Kloostri_vallavalitsus, lk 6
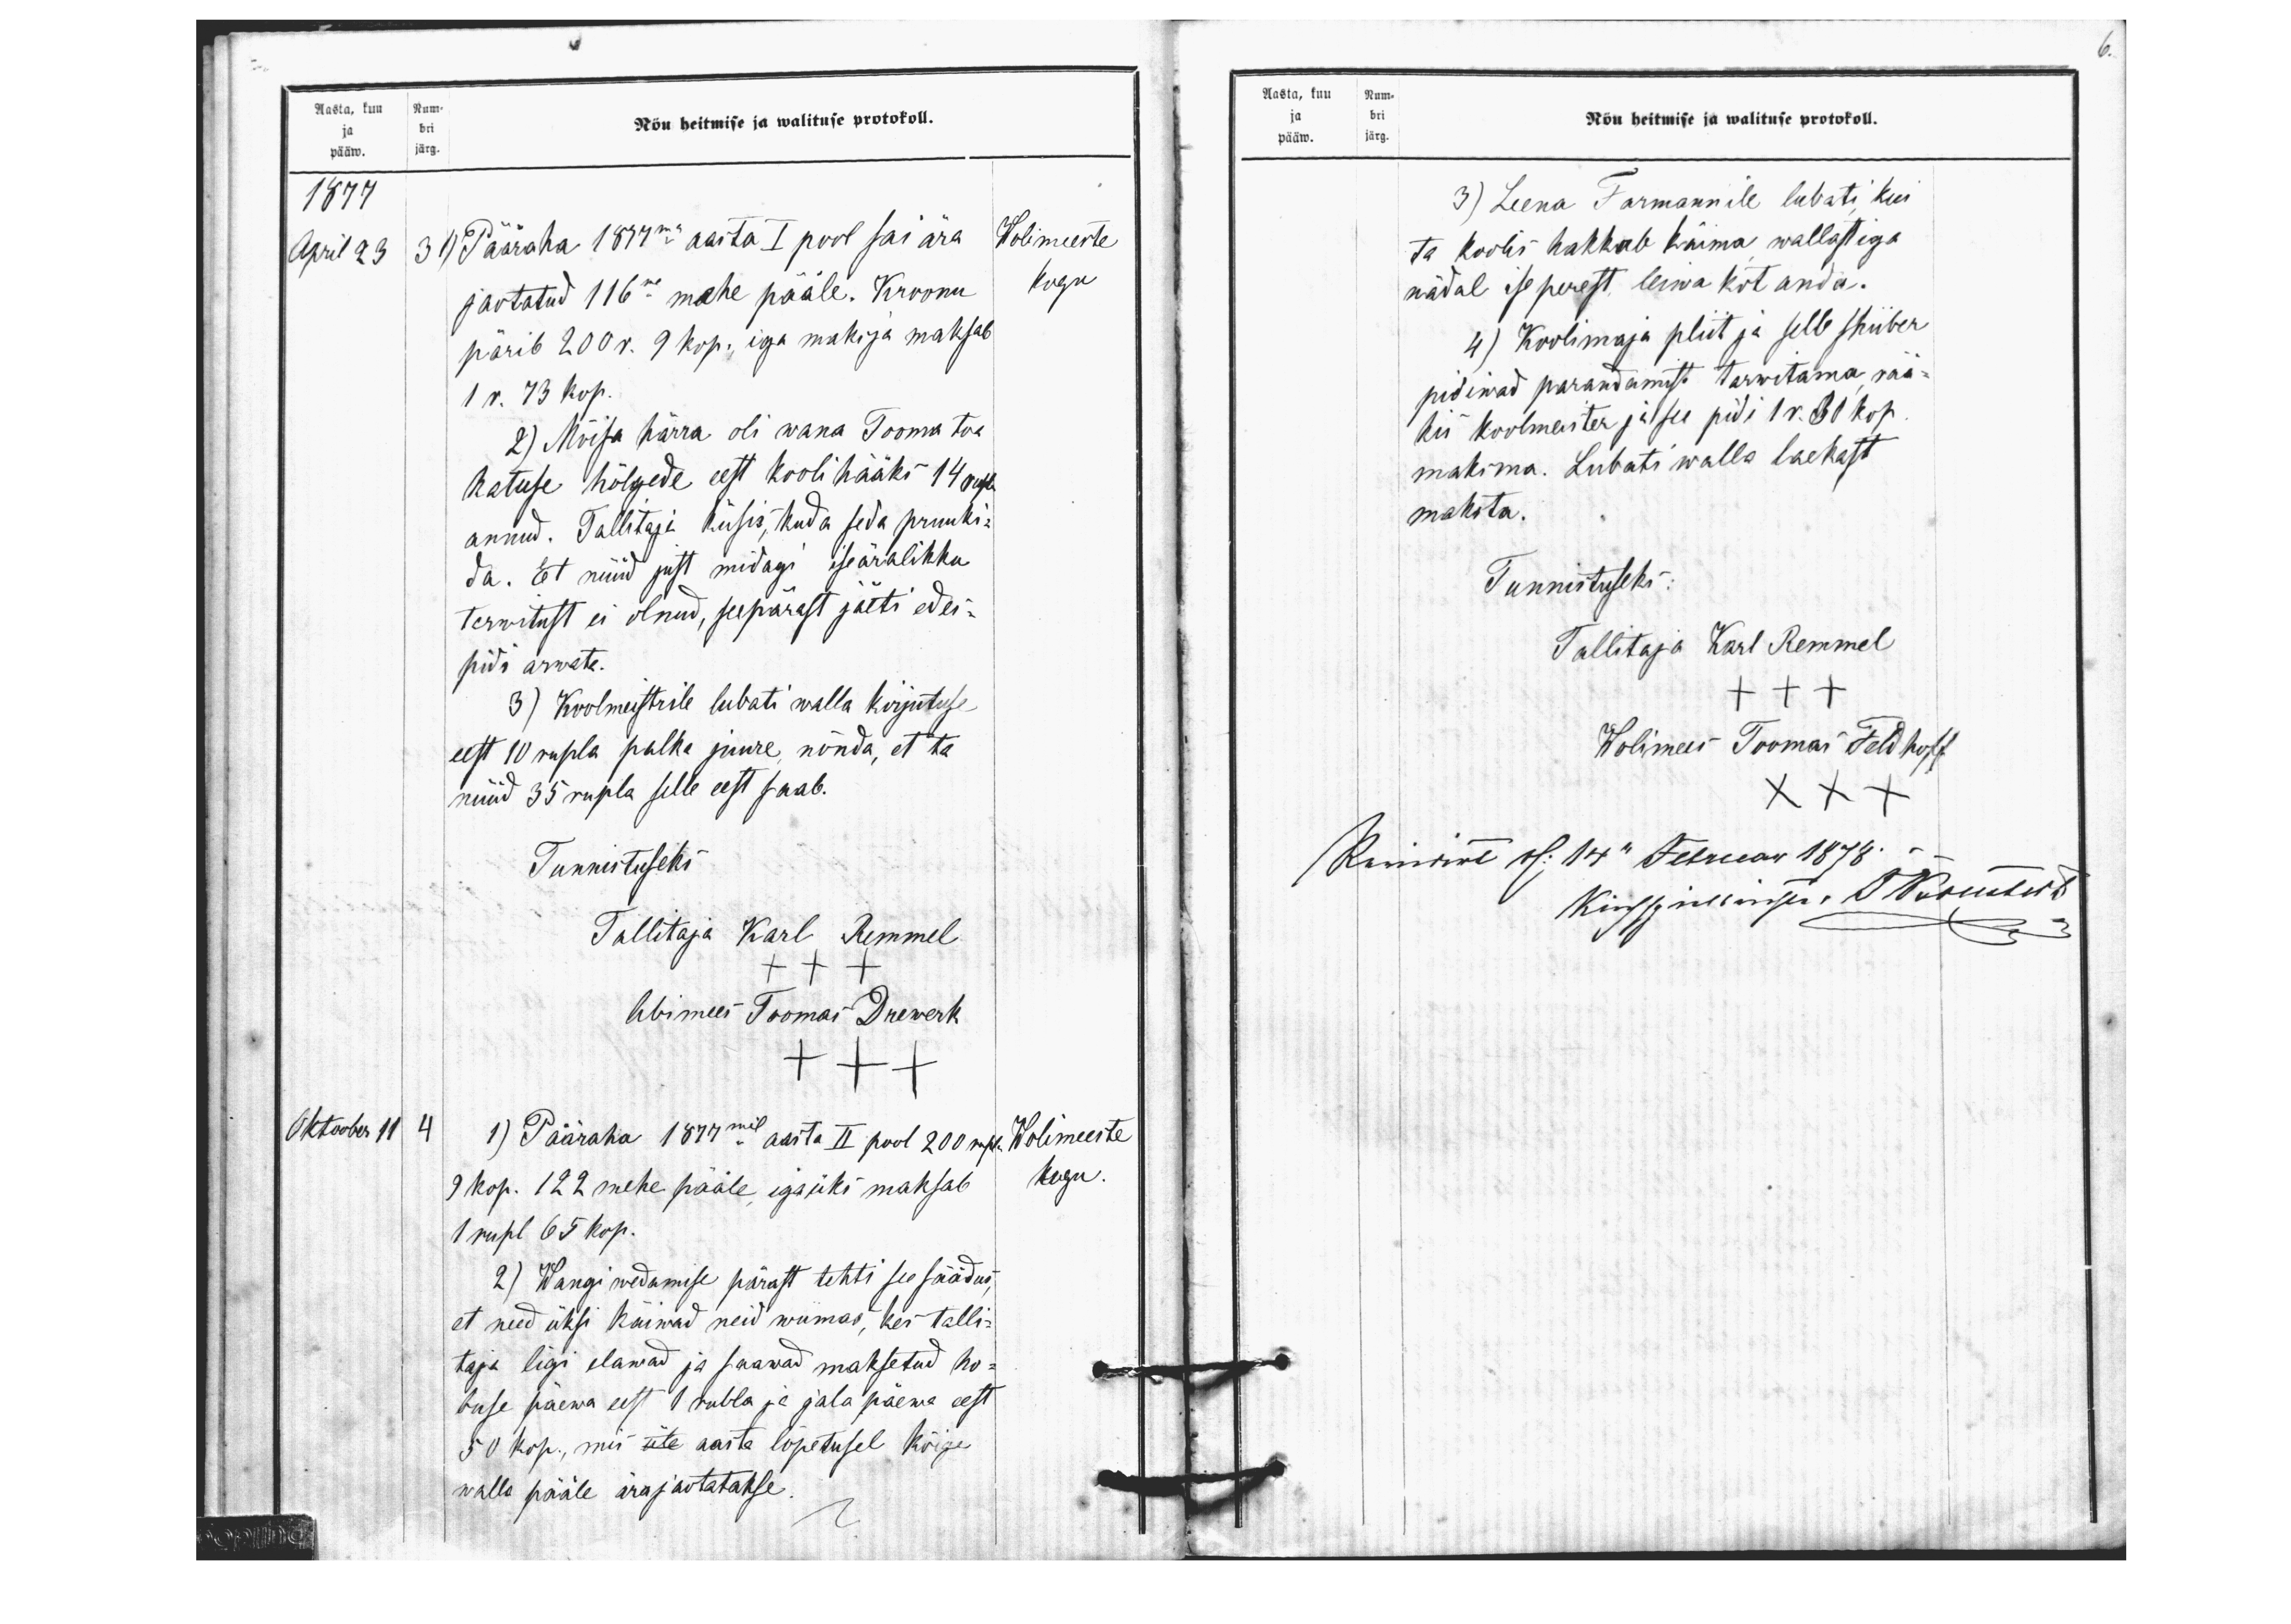
Aasta, kuu Num-
ja bri
pääw. järg.
Nõu heitmise ja walituse protokoll.
1877
April 23
3 1) Pääraha 1877ma aasta I pool sai ära
Wolimeeste
jaotatud 116ne mahe pääle. Kroonu
kogu
pärib 200 r. 9 kop., iga maksja maksab
1 r. 73 kop.
2) Mõisa härra oli wana Tooma toa
katuse hõlgede eest kooli hääks 14 rubla
annud. Tallitaja küsis, kuda seda pruuki-
da. Et nüüd just midagi iseäralikku
tarwitust ei olnud, seepärast jäeti edes-
pidi arwata.
3) Koolmeistrile lubati walla kirjutuse
eest 10 rupla palka juure nõnda, et ta
nüüd 35 rupla selle eest saab.
Tunnistuseks
Tallitaja Karl Remmel
+++
Abimees Toomas Drewerk
+++
Oktoober 11
4 1) Pääraha 1877mal aasta II pool 200 rubl.
Wolimeeste
9 kop. 122 mehe pääle, igaüks maksab
kogu.
1 rupl 65 kop.
2) Wangi wedamise pärast tehti see säädus,
et need üksi käiwad neid wiimas, kes talli-
taja ligi elawad ja saawad maksetud ho-
buse päewa eest 1 rubla ja jala päewa eest
50 kop. mis aasta lõpetusel kõige
walla pääle ärajaotatakse.

6

Aasta, kuu Num-
ja bri
pääw. järg.
3) Leena Farmannile lubati kui
Nõu heitmise ja walituse protokoll.
ta koolis hakkab käima wallast iga
nädal ise perest, leiwa kot anda.
4) Koolimaja pliit ja selle shiiber
pidiwad parandamist tarwitama rää-
kis koolmeister ja see pidi 1 r. 30 kop.
maksma. Lubati walla laekast
maksta.
Tunnistuseks:
Tallitaja Karl Remmel
+++
Wolimees Toomas Feldhoff
XXX
(Клиянъ п: 14" Februar 1878.
Kirzukirjas E Kombat